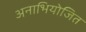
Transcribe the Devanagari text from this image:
अनाभियोजित